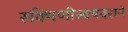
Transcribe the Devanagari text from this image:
रुक्मिणीस्वयंवराने